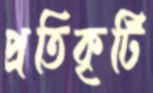
প্রতিকৃটি